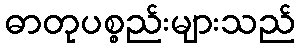
ဓာတုပစ္စည်းများသည်